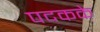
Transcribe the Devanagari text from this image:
पदकके